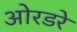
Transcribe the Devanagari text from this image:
ओरडरे